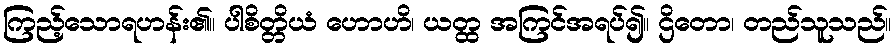
ကြည့်သောရဟန်း၏။ ပါစိတ္တိယံ ဟောဟိ၊ ယတ္ထ အကြင်အရပ်၍။ ဌိတော၊ တည်သူသည်။